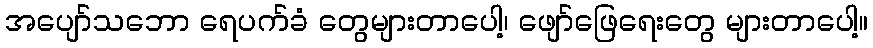
အပျော်သဘော ရေပက်ခံ တွေများတာပေါ့၊ ဖျော်ဖြေရေးတွေ များတာပေါ့။